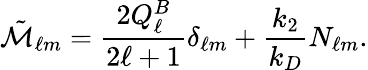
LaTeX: \tilde{\mathcal{M}}_{\ell m}=\frac{2Q_{\ell}^{B}}{2\ell+1}\delta_{\ell m}+\frac{k_{2}}{k_{D}}N_{\ell m}.